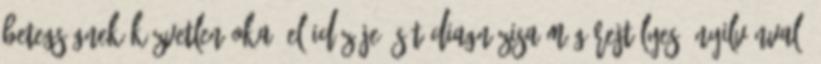
betegségnek közvetlen oka, előidézője, sőt diagnózisa még rejtélyes, nyilvánvaló